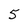
Character: 5